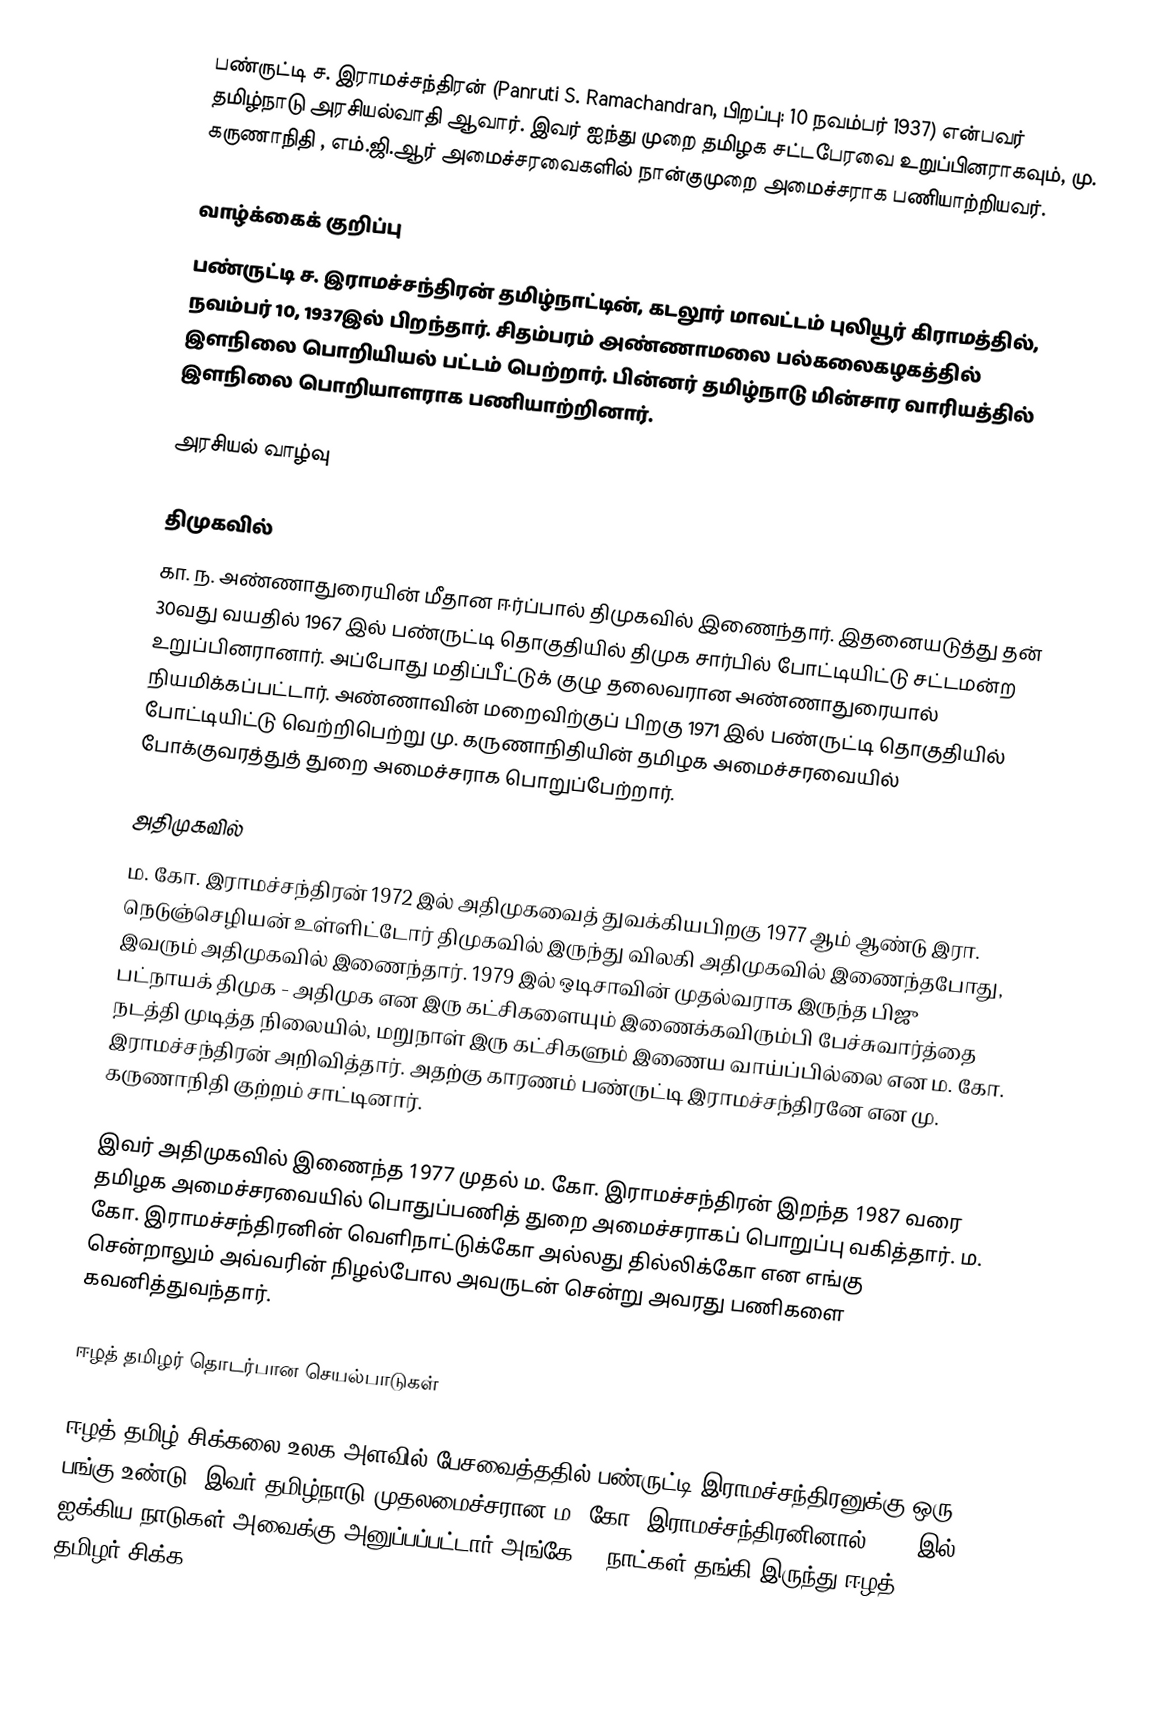
பண்ருட்டி ச. இராமச்சந்திரன் (Panruti S. Ramachandran, பிறப்பு: 10 நவம்பர் 1937) என்பவர் தமிழ்நாடு அரசியல்வாதி ஆவார். இவர் ஐந்து முறை தமிழக சட்டபேரவை உறுப்பினராகவும், மு. கருணாநிதி , எம்.ஜி.ஆர் அமைச்சரவைகளில் நான்குமுறை  அமைச்சராக பணியாற்றியவர்.

வாழ்க்கைக் குறிப்பு
பண்ருட்டி ச. இராமச்சந்திரன் தமிழ்நாட்டின்,  கடலூர் மாவட்டம் புலியூர் கிராமத்தில், நவம்பர் 10, 1937இல் பிறந்தார்.  சிதம்பரம் அண்ணாமலை பல்கலைகழகத்தில் இளநிலை பொறியியல் பட்டம் பெற்றார். பின்னர் தமிழ்நாடு மின்சார வாரியத்தில் இளநிலை பொறியாளராக பணியாற்றினார்.

அரசியல் வாழ்வு

திமுகவில்
கா. ந. அண்ணாதுரையின் மீதான ஈர்ப்பால் திமுகவில் இணைந்தார். இதனையடுத்து தன் 30வது வயதில் 1967 இல் பண்ருட்டி தொகுதியில் திமுக சார்பில் போட்டியிட்டு சட்டமன்ற உறுப்பினரானார். அப்போது மதிப்பீட்டுக் குழு தலைவரான அண்ணாதுரையால் நியமிக்கப்பட்டார். அண்ணாவின் மறைவிற்குப் பிறகு 1971 இல் பண்ருட்டி தொகுதியில் போட்டியிட்டு வெற்றிபெற்று மு. கருணாநிதியின் தமிழக அமைச்சரவையில் போக்குவரத்துத் துறை அமைச்சராக பொறுப்பேற்றார்.

அதிமுகவில்
ம. கோ. இராமச்சந்திரன் 1972 இல் அதிமுகவைத் துவக்கியபிறகு 1977 ஆம் ஆண்டு இரா. நெடுஞ்செழியன் உள்ளிட்டோர் திமுகவில் இருந்து விலகி அதிமுகவில் இணைந்தபோது, இவரும் அதிமுகவில் இணைந்தார். 1979 இல் ஒடிசாவின் முதல்வராக இருந்த பிஜு பட்நாயக் திமுக - அதிமுக என இரு கட்சிகளையும் இணைக்கவிரும்பி பேச்சுவார்த்தை நடத்தி முடித்த நிலையில், மறுநாள் இரு கட்சிகளும் இணைய வாய்ப்பில்லை என  ம. கோ. இராமச்சந்திரன் அறிவித்தார். அதற்கு காரணம் பண்ருட்டி இராமச்சந்திரனே என மு. கருணாநிதி குற்றம் சாட்டினார்.

இவர் அதிமுகவில் இணைந்த 1977 முதல் ம. கோ. இராமச்சந்திரன் இறந்த 1987 வரை தமிழக அமைச்சரவையில் பொதுப்பணித் துறை அமைச்சராகப் பொறுப்பு வகித்தார். ம. கோ. இராமச்சந்திரனின்  வெளிநாட்டுக்கோ அல்லது தில்லிக்கோ என எங்கு சென்றாலும் அவ்வரின் நிழல்போல அவருடன் சென்று அவரது பணிகளை கவனித்துவந்தார்.

ஈழத் தமிழர் தொடர்பான செயல்பாடுகள்

ஈழத் தமிழ் சிக்கலை உலக அளவில் பேசவைத்ததில் பண்ருட்டி இராமச்சந்திரனுக்கு ஒரு பங்கு உண்டு. இவர் தமிழ்நாடு முதலமைச்சரான ம. கோ. இராமச்சந்திரனினால்  1983 இல் ஐக்கிய நாடுகள் அவைக்கு அனுப்பப்பட்டார் அங்கே 70 நாட்கள் தங்கி இருந்து ஈழத் தமிழர் சிக்க